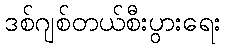
ဒစ်ဂျစ်တယ်စီးပွားရေး